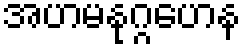
အဟမနုဂ္ဂဟေန